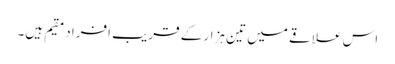
اس علاقے میں تین ہزار کے قریب افراد مقیم ہیں۔